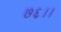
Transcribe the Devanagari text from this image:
७६।।